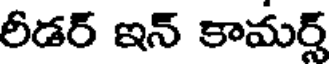
రీడర్ ఇన్ కామర్